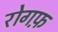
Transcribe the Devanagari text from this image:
रोगफ़